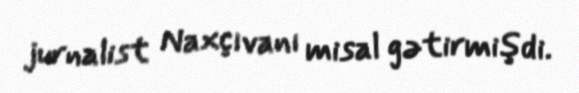
jurnalist Naxçıvanı misal gətirmişdi.